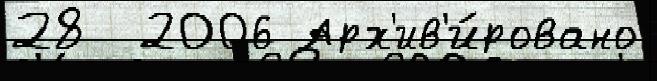
28  2006 Арх'ив'и́ровано